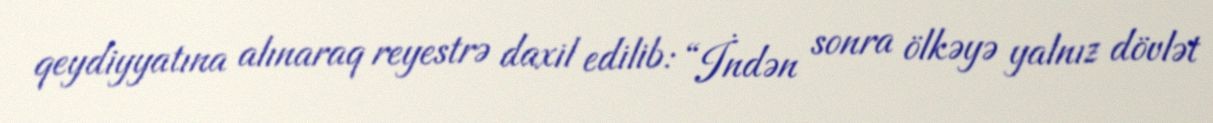
qeydiyyatına alınaraq reyestrə daxil edilib: “İndən sonra ölkəyə yalnız dövlət